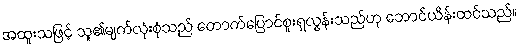
အထူးသဖြင့် သူ၏မျက်လုံးစုံသည် တောက်ပြောင်စူးရှလွန်းသည်ဟု ဘောင်ယိန်းထင်သည်။